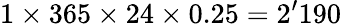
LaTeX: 1\times 365\times 24\times 0.25=2^{\prime}190